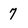
Character: 7